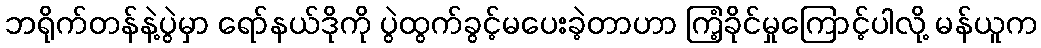
ဘရိုက်တန်နဲ့ပွဲမှာ ရော်နယ်ဒိုကို ပွဲထွက်ခွင့်မပေးခဲ့တာဟာ ကြံ့ခိုင်မှုကြောင့်ပါလို့ မန်ယူက